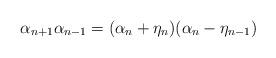
LaTeX: \begin{align*} \alpha_{n+1}\alpha_{n-1} = (\alpha_n+\eta_n)(\alpha_n-\eta_{n-1})\end{align*}